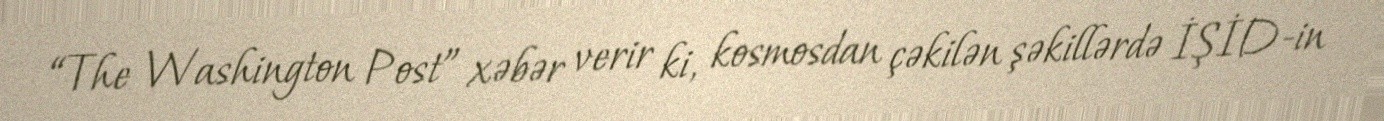
“The Washington Post” xəbər verir ki, kosmosdan çəkilən şəkillərdə İŞİD-in